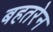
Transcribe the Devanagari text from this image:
बहतरेन